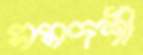
সমদর্শী